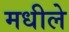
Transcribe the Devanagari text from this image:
मधीले